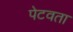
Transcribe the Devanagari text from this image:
पेटवता